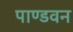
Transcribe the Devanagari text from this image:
पाण्डवन